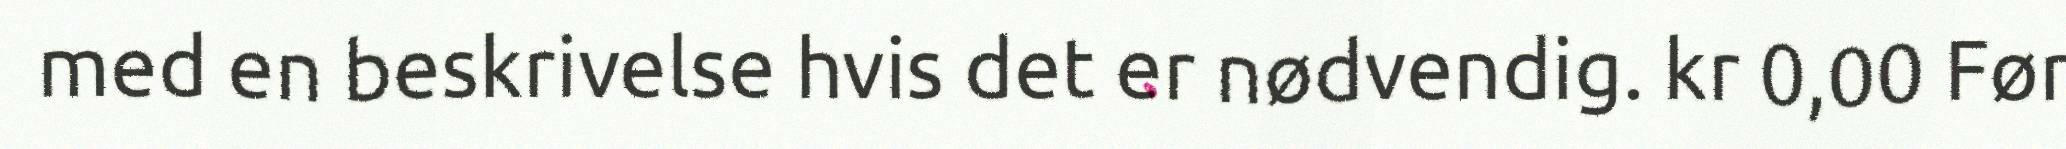
med en beskrivelse hvis det er nødvendig. kr 0,00 Før